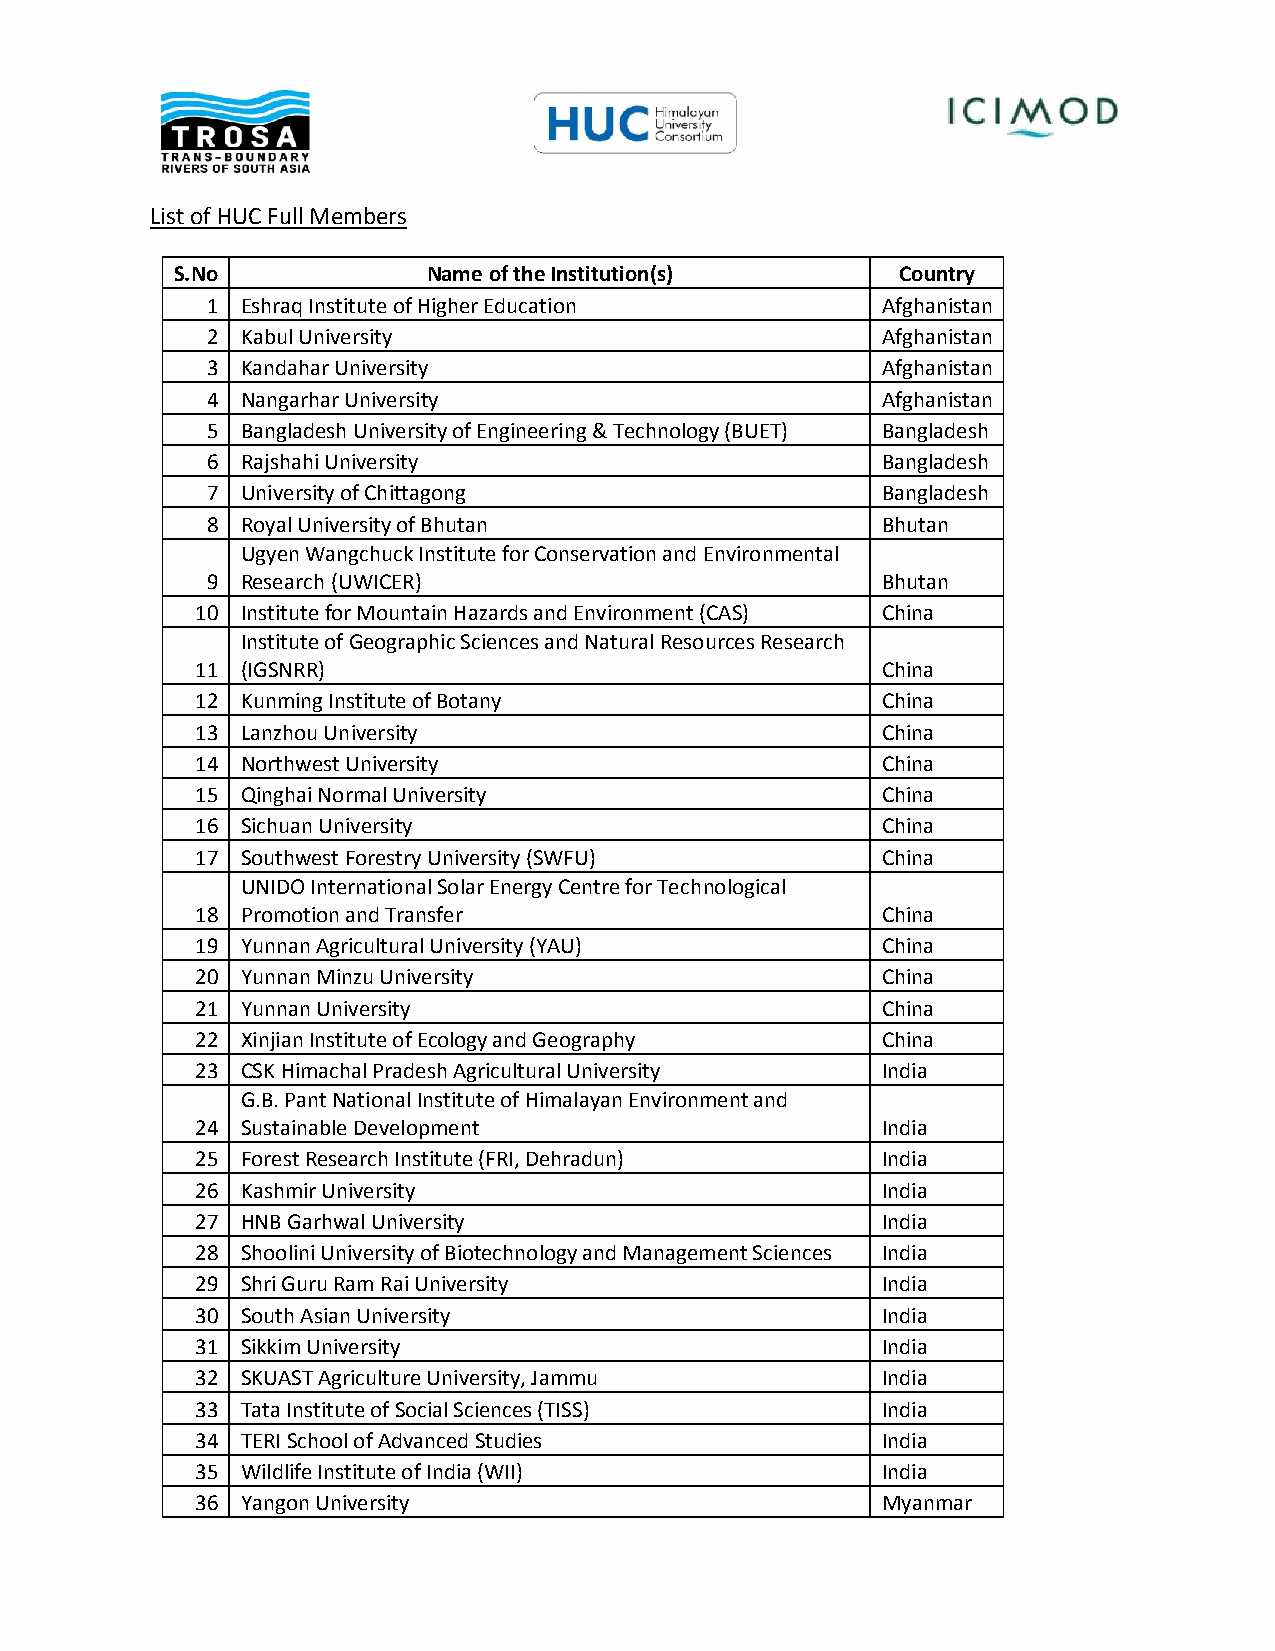
List of HUC Full Members
 S.No             Name of the Institution(s)      Country
 1 Eshraq Institute of Higher Education      Afghanistan
 2 Kabul University                          Afghanistan
 3 Kandahar University                       Afghanistan
 4 Nangarhar University                      Afghanistan
 5 Bangladesh University of Engineering & Technology (BUET) Bangladesh
 6 Rajshahi University                       Bangladesh
 7 University of Chittagong                  Bangladesh
 8 Royal University of Bhutan                Bhutan
 Ugyen Wangchuck Institute for Conservation and Environmental
 9 Research (UWICER)                         Bhutan
 10 Institute for Mountain Hazards and Environment (CAS) China
 Institute of Geographic Sciences and Natural Resources Research
 11 (IGSNRR)                                  China
 12 Kunming Institute of Botany               China
 13 Lanzhou University                        China
 14 Northwest University                      China
 15 Qinghai Normal University                 China
 16 Sichuan University                        China
 17 Southwest Forestry University (SWFU)      China
 UNIDO International Solar Energy Centre for Technological
 18 Promotion and Transfer                    China
 19 Yunnan Agricultural University (YAU)      China
 20 Yunnan Minzu University                   China
 21 Yunnan University                         China
 22 Xinjian Institute of Ecology and Geography China
 23 CSK Himachal Pradesh Agricultural University India
 G.B. Pant National Institute of Himalayan Environment and
 24 Sustainable Development                   India
 25 Forest Research Institute (FRI, Dehradun) India
 26 Kashmir University                        India
 27 HNB Garhwal University                    India
 28 Shoolini University of Biotechnology and Management Sciences India
 29 Shri Guru Ram Rai University              India
 30 South Asian University                    India
 31 Sikkim University                         India
 32 SKUAST Agriculture University, Jammu      India
 33 Tata Institute of Social Sciences (TISS)  India
 34 TERI School of Advanced Studies           India
 35 Wildlife Institute of India (WII)         India
 36 Yangon University                         Myanmar